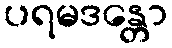
ပရမဒန္တော